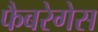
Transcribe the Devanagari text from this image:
फैबरेगेस